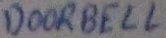
Text: DOORBELL